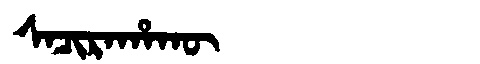
Manchu: ᠰᠠᠴᡳᡵᠠᡥᠠᡴᡡ
Romanization: SACIRAHAKŪ